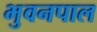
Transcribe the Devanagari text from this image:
भुवनपाल